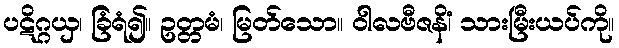
ပဋိဂ္ဂယှ၊ ခြံရံ၍။ ဥတ္တမံ၊ မြတ်သော။ ဝါလဗီဇနိံ၊ သားမြီးယပ်ကို။